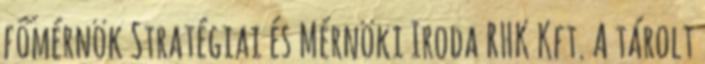
főmérnök Stratégiai és Mérnöki Iroda RHK Kft. A tárolt